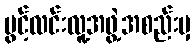
ပွင့်လင်းလူ့အဖွဲ့အစည်းမှ